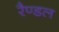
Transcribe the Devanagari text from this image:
रैण्डल